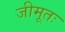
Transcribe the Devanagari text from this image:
जीमूतः